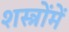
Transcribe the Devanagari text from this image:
शस्त्रोंमें